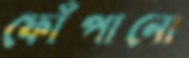
ফোঁপানো